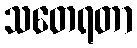
သတေရတာ